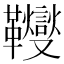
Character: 𩎃